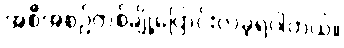
အစီအစဉ်တစ်ချို့ပြောင်းလဲခဲ့ရပါတယ်။